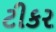
ટીકર